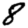
Digit: 8